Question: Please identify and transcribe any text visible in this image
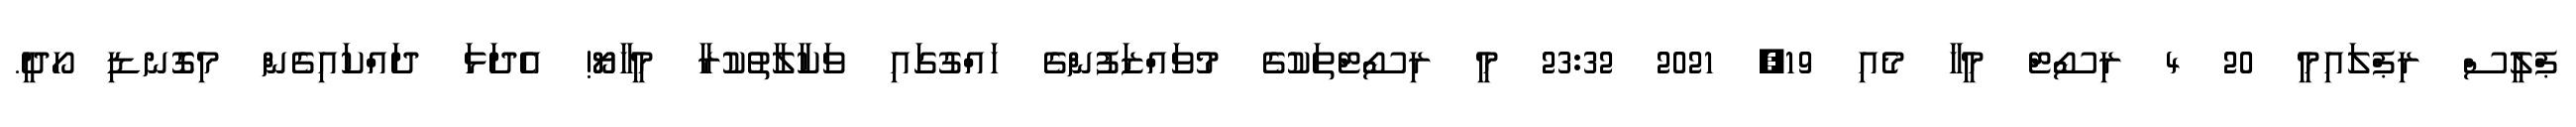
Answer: ޕްލީސް ރިޕްލައިމީ 20 4 ރިސޯޓް މީހާ މެއި 19, 2021 23:32 މީ ރިސޯޓްތަކުގެ މުވައްޒަފުންގެ ހައްގުގައި ވަކާލާތުކުރާ މީހާޔޯ! އެދަޅަ ދައްކައިގެން މިގޮނޑި ހޯދީ.